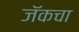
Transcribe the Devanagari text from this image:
जॅकचा